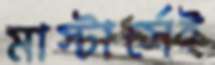
মাস্টার্সেই